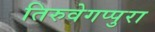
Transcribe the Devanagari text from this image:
तिरुवेगप्पुरा